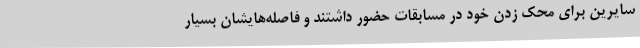
سایرین برای محک زدن خود در مسابقات حضور داشتند و فاصله‌هایشان بسیار